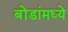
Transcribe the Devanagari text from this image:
बोंडांमध्ये